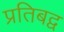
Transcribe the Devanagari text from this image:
प्रतिबद्व